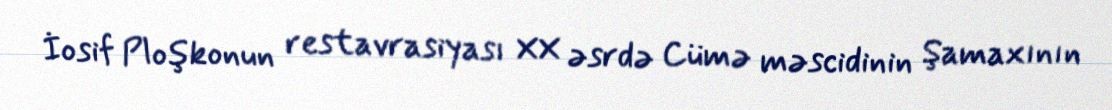
İosif Ploşkonun restavrasiyası XX əsrdə Cümə məscidinin Şamaxının